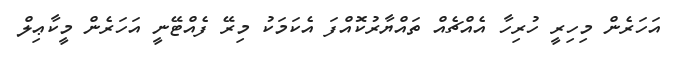
އަހަރެން މިހިރީ ހުރިހާ އެއްޗެއް ތައްޔާރުކޮއްފަ އެކަމަކު މިރޭ ފެއްޓޭނީ އަހަރެން މީކާޢިލް